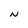
Character: N